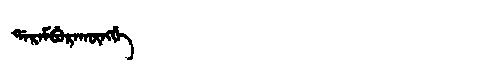
Manchu: ᡩᠠᡵᠠᠮᠪᡠᡵᠠᡴᡡᠩᡤᡝ
Romanization: DARAMBURAKŪNGGE